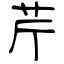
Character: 芹